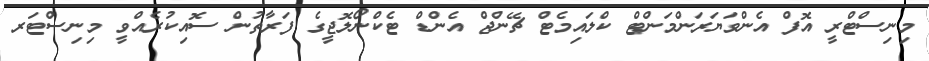
މިނިސްޓްރީ އޮފް އެންވަޔަރަންމަންޓް ކްލައިމެޓް ޗޭންޖް އެންޑް ޓެކްނޯލޮޖީގެ ފަރާތުން ސޮއިކުރެއްވީ މިނިސްޓަރ